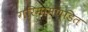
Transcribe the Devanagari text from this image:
गरिमामण्डित